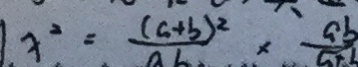
x ^ { 2 } = \frac { ( a + b ) ^ { 2 } } { a b } \times \frac { a b } { a + b }